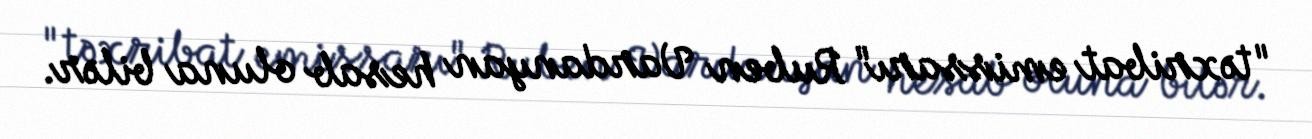
"təxribat emissarı" Ruben Vardanyan hesab oluna bilər.